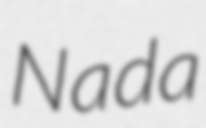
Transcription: Nada